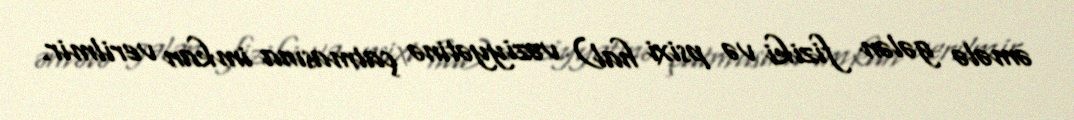
əmələ gələn fiziki və psixi hal) vəziyyətinə çatmasına imkan verilmir.